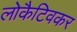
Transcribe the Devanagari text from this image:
लोकैटिवकर